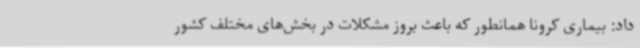
داد: بیماری کرونا همانطور که باعث بروز مشکلات در بخش‌های مختلف کشور